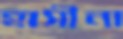
হাসীনা